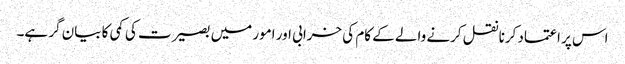
اس پر اعتماد کرنا نقل کرنے والے کے کام کی خرابی اور امور میں بصیرت کی کمی کا بیان گر ہے۔